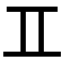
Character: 𮯰